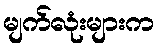
မျက်လုံးများက